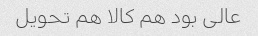
عالی بود هم کالا هم تحویل